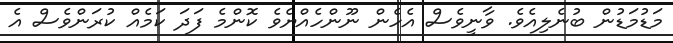
މަޑުމަޑުން ބުނެލިއެވެ. ވާނީވެސް އެހެން ނޫންހެއްޔެވެ ކޮންމެ ފަދަ ކަމެއް ކުރަންވެސް އެ